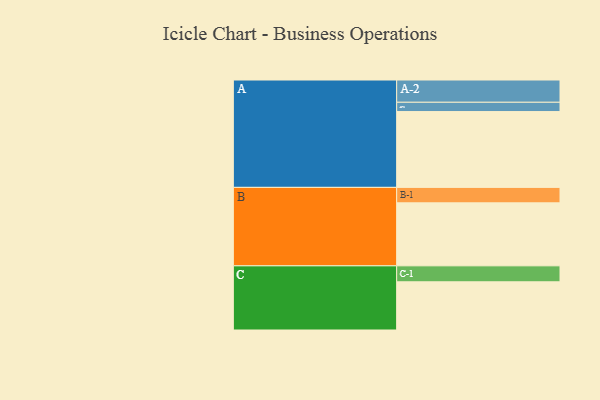
{"axis": {"x": "Segment", "y": "Value"}, "legend": ["", "A", "B", "C"], "data": [{"x": "A", "y": 579, "type": ""}, {"x": "B", "y": 481, "type": ""}, {"x": "C", "y": 368, "type": ""}, {"x": "A-1", "y": 71, "type": "A"}, {"x": "A-2", "y": 170, "type": "A"}, {"x": "B-1", "y": 118, "type": "B"}, {"x": "C-1", "y": 122, "type": "C"}]}